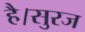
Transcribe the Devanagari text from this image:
है।सुरज